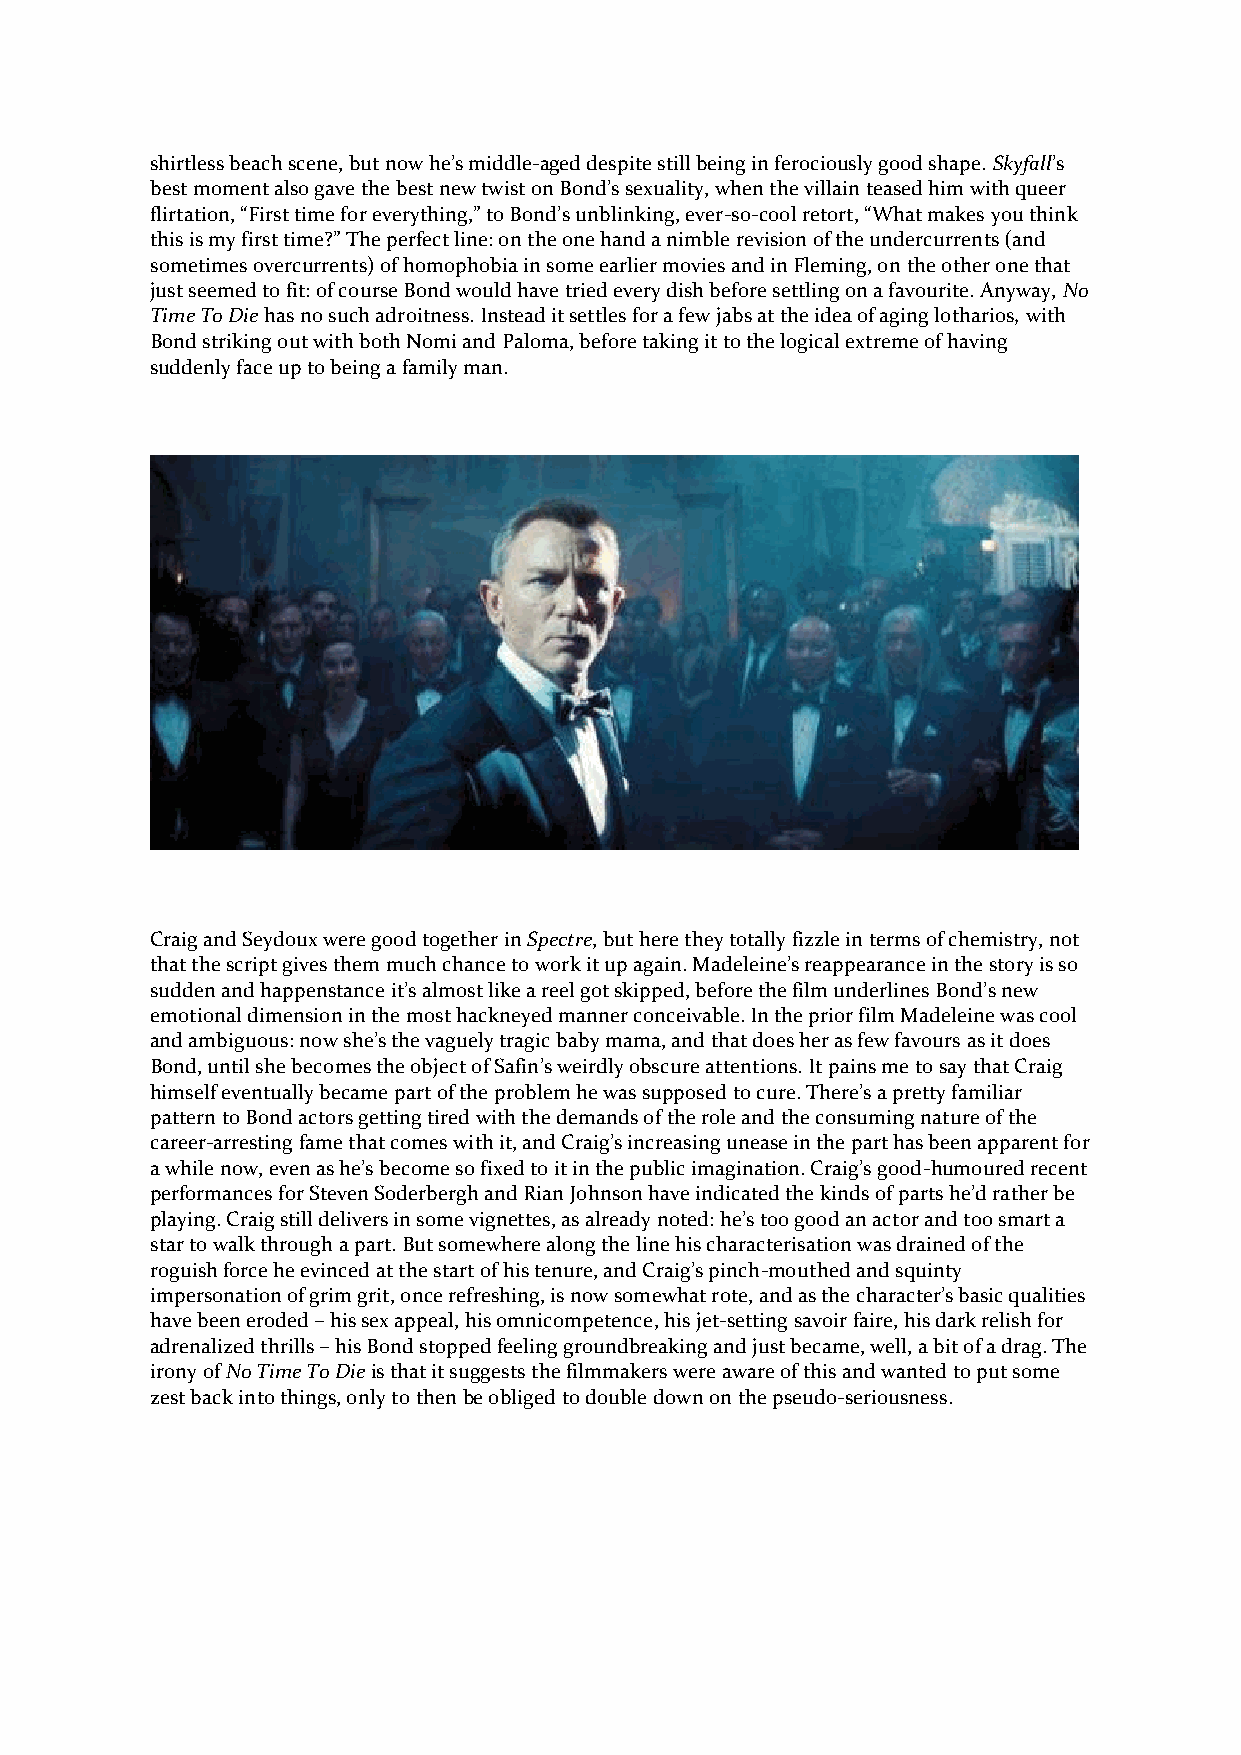
shirtless beach scene, but now he’s middle-aged despite still being in ferociously good shape. Skyfall’s
 best moment also gave the best new twist on Bond’s sexuality, when the villain teased him with queer
 flirtation, “First time for everything,” to Bond’s unblinking, ever-so-cool retort, “What makes you think
 this is my first time?” The perfect line: on the one hand a nimble revision of the undercurrents (and
 sometimes overcurrents) of homophobia in some earlier movies and in Fleming, on the other one that
 just seemed to fit: of course Bond would have tried every dish before settling on a favourite. Anyway, No
 Time To Die has no such adroitness. Instead it settles for a few jabs at the idea of aging lotharios, with
 Bond striking out with both Nomi and Paloma, before taking it to the logical extreme of having
 suddenly face up to being a family man.
 Craig and Seydoux were good together in Spectre, but here they totally fizzle in terms of chemistry, not
 that the script gives them much chance to work it up again. Madeleine’s reappearance in the story is so
 sudden and happenstance it’s almost like a reel got skipped, before the film underlines Bond’s new
 emotional dimension in the most hackneyed manner conceivable. In the prior film Madeleine was cool
 and ambiguous: now she’s the vaguely tragic baby mama, and that does her as few favours as it does
 Bond, until she becomes the object of Safin’s weirdly obscure attentions. It pains me to say that Craig
 himself eventually became part of the problem he was supposed to cure. There’s a pretty familiar
 pattern to Bond actors getting tired with the demands of the role and the consuming nature of the
 career-arresting fame that comes with it, and Craig’s increasing unease in the part has been apparent for
 a while now, even as he’s become so fixed to it in the public imagination. Craig’s good-humoured recent
 performances for Steven Soderbergh and Rian Johnson have indicated the kinds of parts he’d rather be
 playing. Craig still delivers in some vignettes, as already noted: he’s too good an actor and too smart a
 star to walk through a part. But somewhere along the line his characterisation was drained of the
 roguish force he evinced at the start of his tenure, and Craig’s pinch-mouthed and squinty
 impersonation of grim grit, once refreshing, is now somewhat rote, and as the character’s basic qualities
 have been eroded – his sex appeal, his omnicompetence, his jet-setting savoir faire, his dark relish for
 adrenalized thrills – his Bond stopped feeling groundbreaking and just became, well, a bit of a drag. The
 irony of No Time To Die is that it suggests the filmmakers were aware of this and wanted to put some
 zest back into things, only to then be obliged to double down on the pseudo-seriousness.